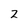
Character: 2